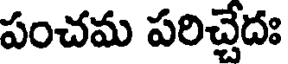
పంచమ పరిచేదః